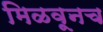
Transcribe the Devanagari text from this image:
मिळवूनच